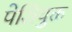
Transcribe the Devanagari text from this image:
पेशियुक्त